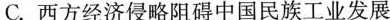
C.西方经济侵略阻碍中国民族工业发展